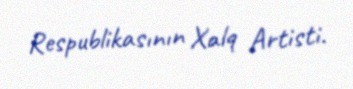
Respublikasının Xalq Artisti.